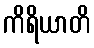
ကိရိယာတိ